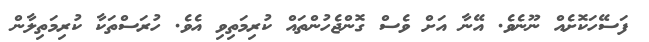
ފަސޭހަކޮށެއް ނޫނެވެ. އޭނާ އަށް ވެސް ގޮންޖެހުންތައް ކުރިމަތިވި އެވެ. ހުރަސްތަކާ ކުރިމަތިލާން